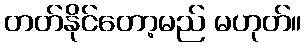
တတ်နိုင်တော့မည် မဟုတ်။